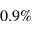
0 . 9 \%